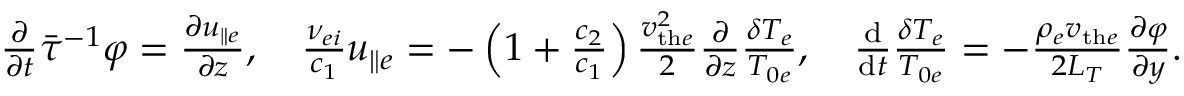
\begin{array} { r } { \frac { \partial } { \partial t } \bar { \tau } ^ { - 1 } \varphi = \frac { \partial u _ { \parallel e } } { \partial z } , \quad \frac { \nu _ { e i } } { c _ { 1 } } u _ { \parallel e } = - \left( 1 + \frac { c _ { 2 } } { c _ { 1 } } \right) \frac { v _ { \mathrm { t h } e } ^ { 2 } } { 2 } \frac { \partial } { \partial z } \frac { \delta T _ { e } } { T _ { 0 e } } , \quad \frac { \mathrm { d } } { \mathrm { d } t } \frac { \delta T _ { e } } { T _ { 0 e } } = - \frac { \rho _ { e } v _ { \mathrm { t h } e } } { 2 L _ { T } } \frac { \partial \varphi } { \partial y } . } \end{array}